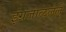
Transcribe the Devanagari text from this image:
इंग्रजाळलेले